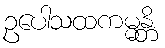
ဥပေါသထကမ္မန္တိ